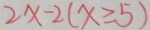
2 x - 2 ( x \geqslant 5 )